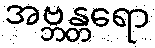
အဗ္ဘန္တရော